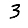
Digit: 3